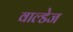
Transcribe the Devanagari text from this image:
वाल्डेज